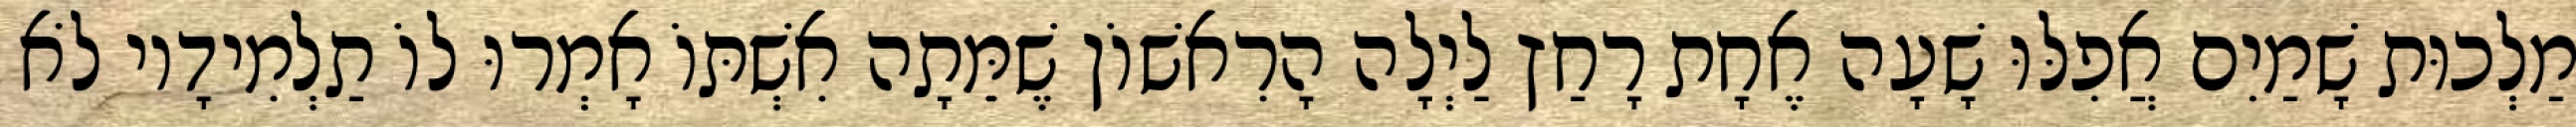
מַלְכוּת שָׁמַיִם אֲפִלּוּ שָׁעָה אֶחָת רָחַץ לַיְלָה הָרִאשׁוֹן שֶׁמֵּתָה אִשְׁתּוֹ אָמְרוּ לוֹ תַלְמִידָיו לֹא